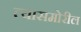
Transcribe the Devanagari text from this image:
त्यासमोरील